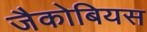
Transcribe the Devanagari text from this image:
जैकोबियस